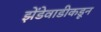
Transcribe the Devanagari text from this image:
झेंडेवाडीकडून